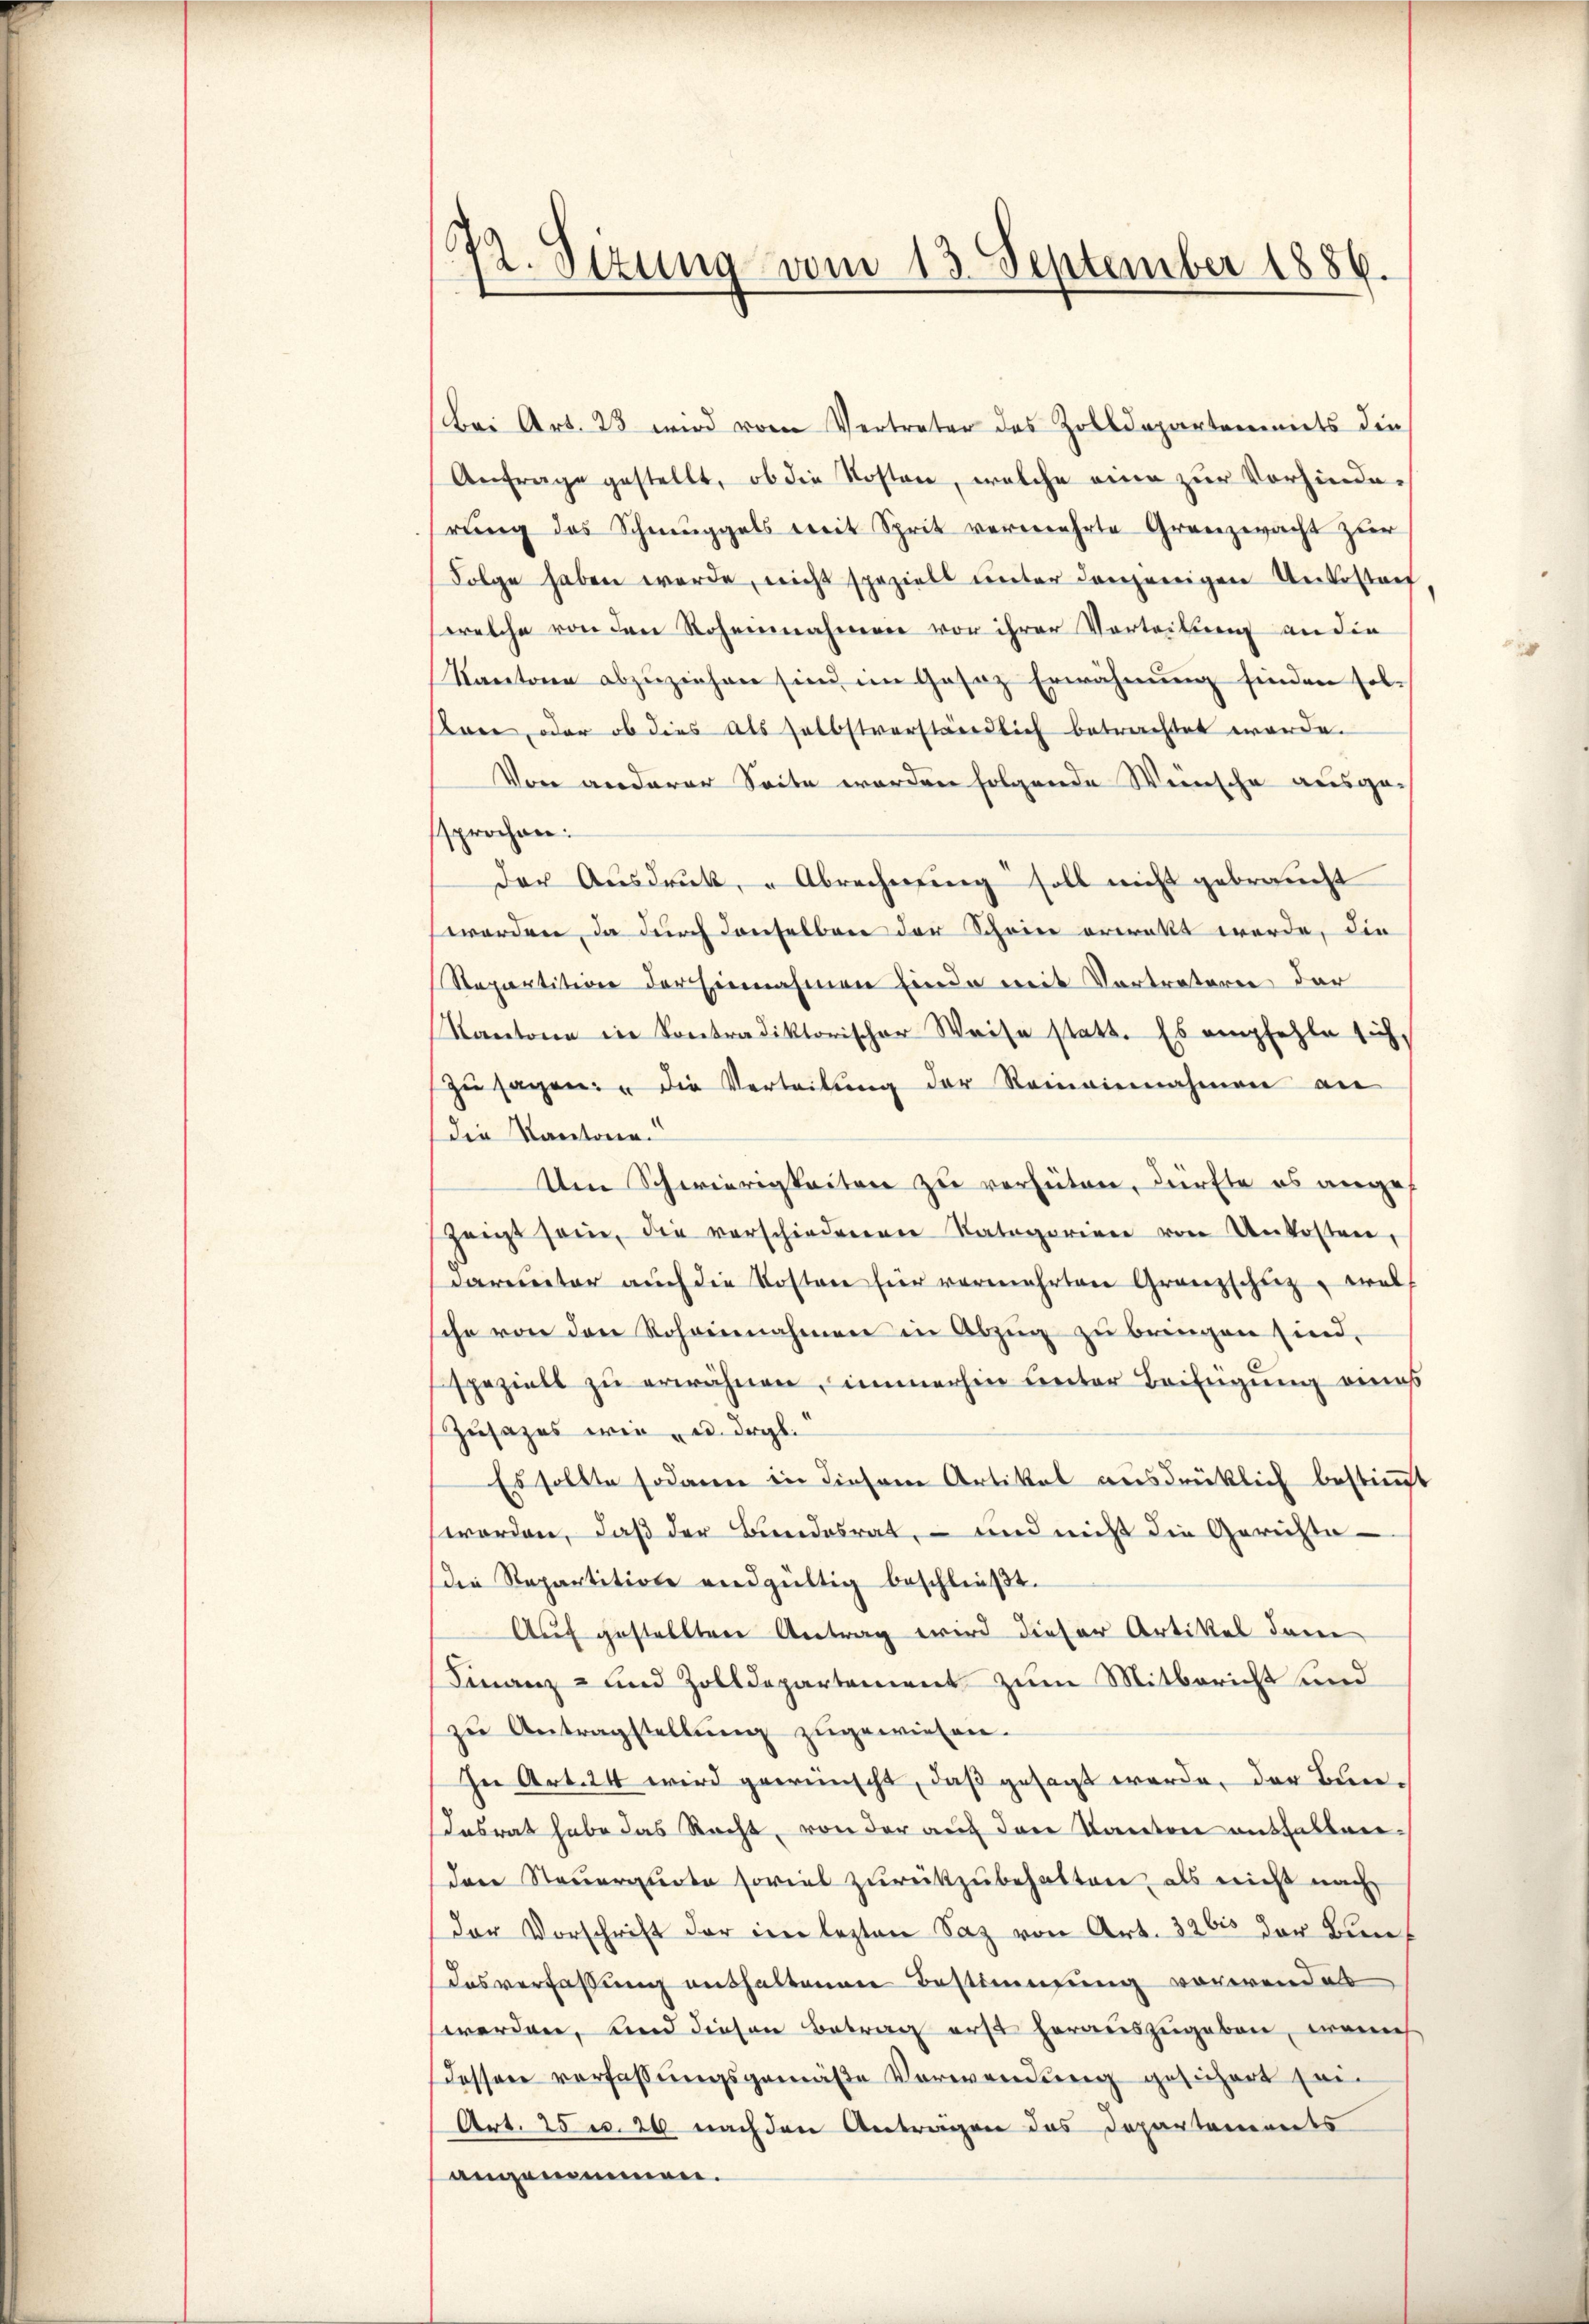
(72. Sitzung vom 13. September 1886.

Bei Art. 23 wird vom Vertreter des Zolldepartements die
Anfrage gestellt, ob die Kosten, welche eine zŭr Vorhinde-
rŭng des Schmuggals mit Sprit vermehrte Grenzwacht zur
Folge haben werde, nicht speziell unter denjenigen Unterstauf
welche von den Rohennahmene vor ihrer Vorteilung an die
Kantone abzuziehen sind im Gasaz Erwähnung finden sol¬
Kare, oder ob dies als selbstverständlich betrachtet werde.
Von anderer Seite worden folgende Weinsche ausgesprochen:
der Ausdruck, „Abrechnung soll nicht gebraucht
worden, da durch denselben der Schwere erwalt werde, die
Repartition der Einnahmen Einde mit Vertreteren der
Kantone in Kontradiktorischer Weise statt. Es empfehle sich,
zŭ sagen: " die Verteilŭng der Reineinnahmen an
die Kantone.
Um Schwierigkeiten zu verhüten, dürfte es angezeigt sein, die verschiedenen Ratagorien von Unkosten,
darunter auch die Kosten für vermehrten Granzschutz, wel
ihe von den Rohannahmen in Abzŭg zŭ bringen sind,
speziell zu erwähnen, immerhin unter Beifügung eines
Zusatzes wie u. drgl.
Es sollte sodann in diesem Artikel ausdrücklich bestimmt
worden, daß der Bundesrat, – und nicht die Gerichte
die Repartition endgültig beschlieβt.
Auf gestellten Antrag wird dieser Artikel darin
Finanz- und Zolldepartement zum Mitbericht und
zŭ Antragstellŭng zugewiesen.
In Art. 24 wird gewünscht, daß gesagt werde, der Bundesrat habe das Recht, von der auf den Kanton enthaltendare Steuerquote soviel zurückzubehalten, als nicht nach
Der Vorschrift der im lezten Saz von Art. 32 bis der Bun¬
Iasverfassung enthaltenen Bestimmung vorirend als
werden, und diesen Betrag erst herauszugeben, wenns
dessen verfassungsgemäße Vorwendung gesichert sein
Art. 25 v. 24 nach den Antragen das Departements
angenommen.